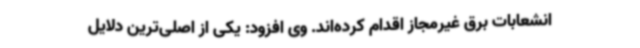
انشعابات برق غیرمجاز اقدام کرده‌اند. وی افزود: یکی از اصلی‌ترین دلایل